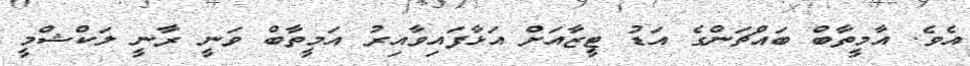
އެވެ. އާމީތާބް ބައްޗަންގެ އަޑު ޓީޒާއަށް އަޅާފައިވާއިރު އަމީތާބް ވަނީ ރާނީ ލަކްޝްމީ